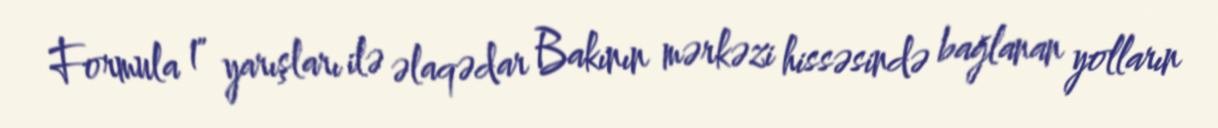
Formula 1" yarışları ilə əlaqədar Bakının mərkəzi hissəsində bağlanan yolların